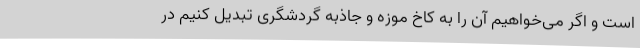
است و اگر می‌خواهیم آن را به کاخ موزه و جاذبه گردشگری تبدیل کنیم در